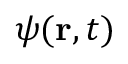
\psi ( { \bf r } , t )